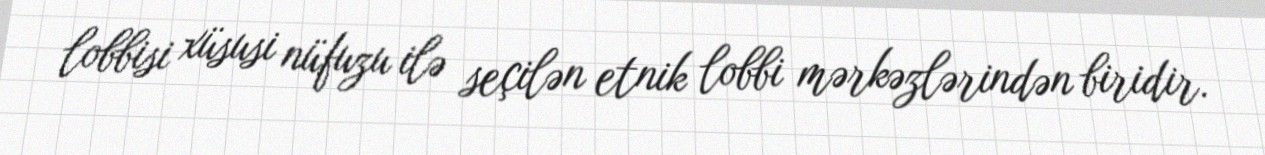
lobbisi xüsusi nüfuzu ilə seçilən etnik lobbi mərkəzlərindən biridir.